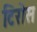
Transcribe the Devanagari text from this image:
टिरोस